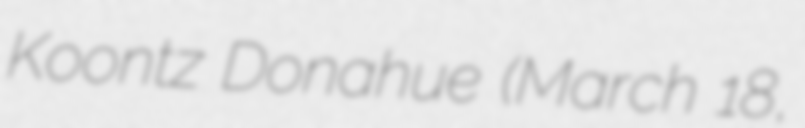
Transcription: Koontz Donahue (March 18,